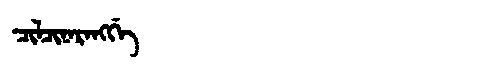
Manchu: ᠴᡳᠯᠴᡳᠨᠠᡵᠠᠩᡤᡝ
Romanization: CILCINARANGGE